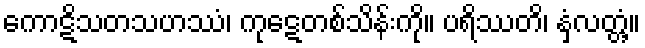
ကောဋိသတသဟဿံ၊ ကုဋေတစ်သိန်းကို။ ပရိဿတိ၊ နှံ့လတ္တံ့။